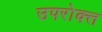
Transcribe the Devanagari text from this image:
उपरोक्त्त